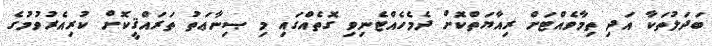
ބަދަލުތަކާ އަދި ތިމާވެއްޓަށް ރިއާޔަތްކޮށް ދެމެހެއްޓެނިވި ގޮތެއްގައި މި ޞިނާޢަތު ތަރައްޤީކޮށް ކުރިއެރުވުމުގެ